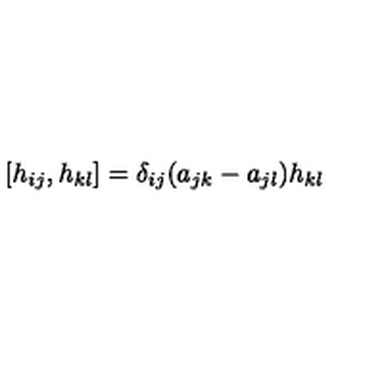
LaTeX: [ h _ { i j } , h _ { k l } ] = \delta _ { i j } ( a _ { j k } - a _ { j l } ) h _ { k l }